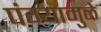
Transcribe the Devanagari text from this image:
पंग्यामुळे